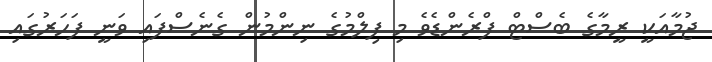
ޖުމާއަކީ ރީމާގެ ބެސްޓް ފްރެންޑެވެ މި ފިލްމުގެ ނިންމުން ގެނެސްފައި ވަނީ ފަހަރުގައި